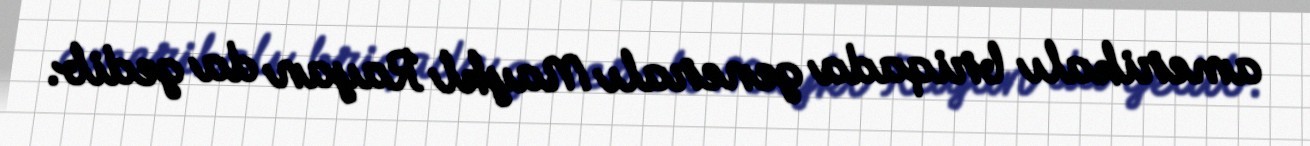
amerikalı briqada generalı Maykl Rayan da gedib.